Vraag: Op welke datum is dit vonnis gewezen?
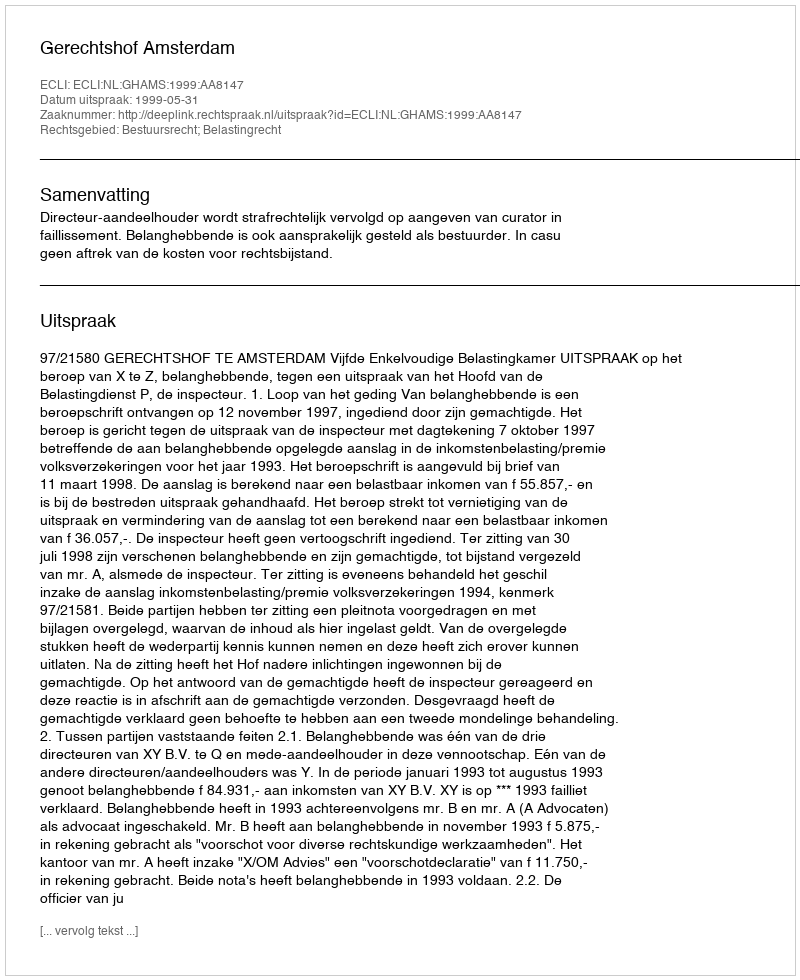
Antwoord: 1999-05-31